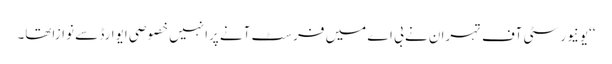
‘‘یونیورسٹی آف تہران نے بی اے میں فرسٹ آنے پرانہیں خصوصی ایوارڈ سے نوازاتھا۔